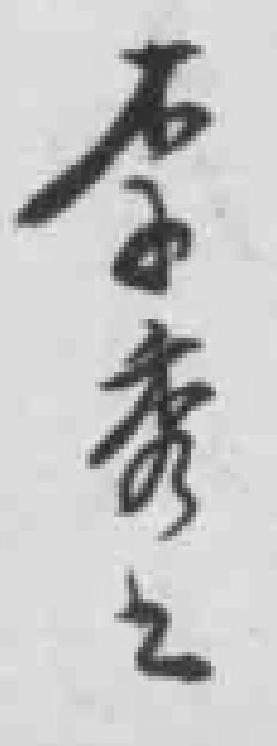
李秀之